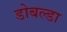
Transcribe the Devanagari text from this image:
डोबल्डा